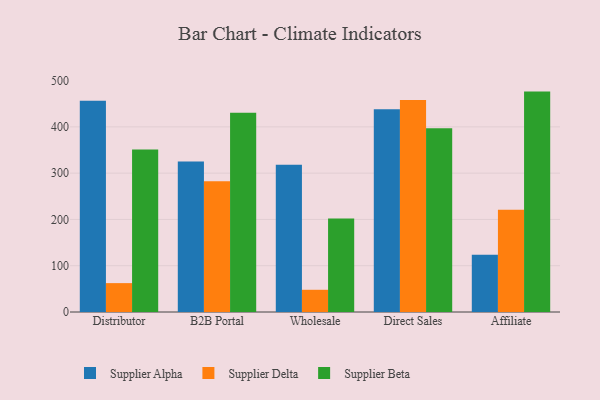
{"axis": {"x": "Channel", "y": "Latency (ms)"}, "legend": ["Supplier Alpha", "Supplier Beta", "Supplier Delta"], "data": [{"x": "Distributor", "y": 456.6, "type": "Supplier Alpha"}, {"x": "Distributor", "y": 62.4, "type": "Supplier Delta"}, {"x": "Distributor", "y": 351.2, "type": "Supplier Beta"}, {"x": "B2B Portal", "y": 325.3, "type": "Supplier Alpha"}, {"x": "B2B Portal", "y": 282.4, "type": "Supplier Delta"}, {"x": "B2B Portal", "y": 430.6, "type": "Supplier Beta"}, {"x": "Wholesale", "y": 318.4, "type": "Supplier Alpha"}, {"x": "Wholesale", "y": 48.0, "type": "Supplier Delta"}, {"x": "Wholesale", "y": 201.8, "type": "Supplier Beta"}, {"x": "Direct Sales", "y": 438.2, "type": "Supplier Alpha"}, {"x": "Direct Sales", "y": 457.9, "type": "Supplier Delta"}, {"x": "Direct Sales", "y": 397.2, "type": "Supplier Beta"}, {"x": "Affiliate", "y": 123.6, "type": "Supplier Alpha"}, {"x": "Affiliate", "y": 220.8, "type": "Supplier Delta"}, {"x": "Affiliate", "y": 476.2, "type": "Supplier Beta"}]}